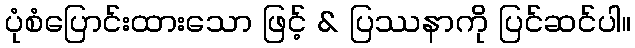
ပုံစံပြောင်းထားသော ဖြင့် & ပြဿနာကို ပြင်ဆင်ပါ။